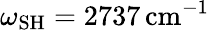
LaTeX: \omega_{\mathrm{SH}}=2737\, \mathrm{cm}^{-1}